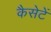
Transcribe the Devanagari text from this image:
कैसेटें